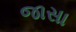
જાસા